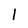
Character: 1